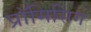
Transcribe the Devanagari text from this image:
प्रॉमिसिंग